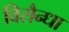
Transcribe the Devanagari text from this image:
विरौन्धा